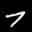
Label: 7